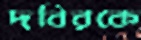
দবিরকে